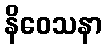
နိဝေသနာ